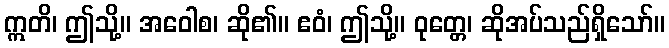
ဣတိ၊ ဤသို့။ အဝေါစ၊ ဆို၏။ ဧဝံ၊ ဤသို့။ ဝုတ္တေ၊ ဆိုအပ်သည်ရှိသော်။